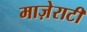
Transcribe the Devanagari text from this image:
माज़ेराटी